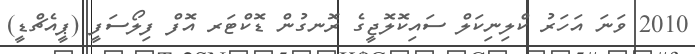
2010 ވަނަ އަހަރު ކްލިނިކަލް ސައިކޮލޮޖީގެ ރޮނގުން ޑޮކްޓަރ އޮފް ފިލޯސަފީ (ޕީއެޗްޑީ)